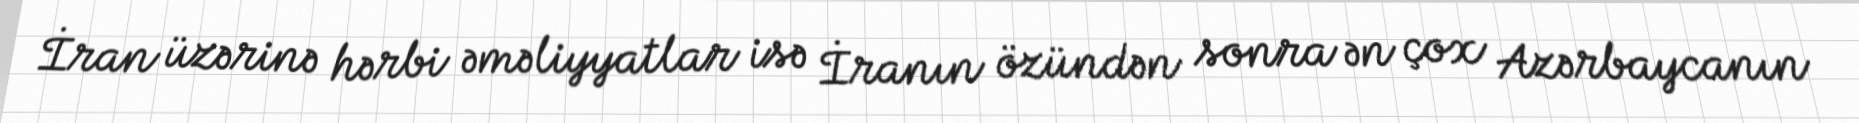
İran üzərinə hərbi əməliyyatlar isə İranın özündən sonra ən çox Azərbaycanın